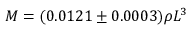
M = ( 0 . 0 1 2 1 \pm 0 . 0 0 0 3 ) \rho L ^ { 3 }